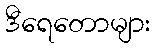
ဒီရေတောများ